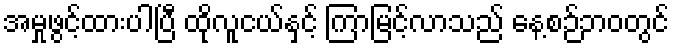
အမှုဖွင့်ထားပါပြီ ထိုလူငယ်နှင့် ကြာမြင့်လာသည် နေ့စဉ်ဘ၀တွင်